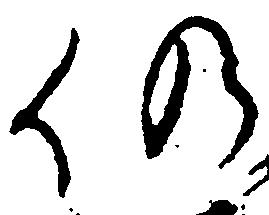
仍